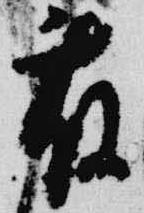
藤